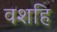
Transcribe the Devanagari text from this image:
वशहि